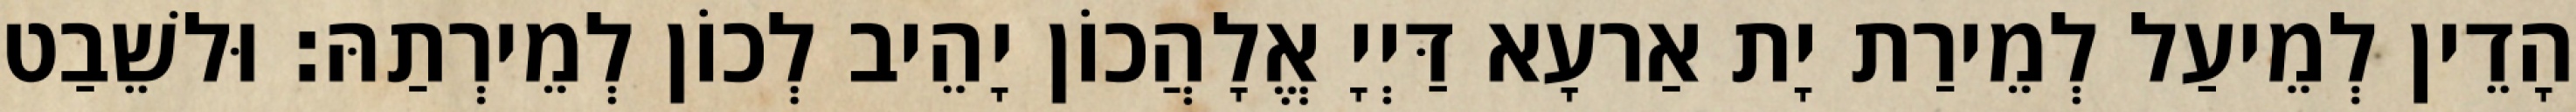
הָדֵין לְמֵיעַל לְמֵירַת יָת אַרעָא דַּיְיָ אֱלָהֲכוֹן יָהֵיב לְכוֹן לְמֵירְתַהּ׃ וּלשֵׁבַט